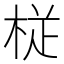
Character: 𭪒